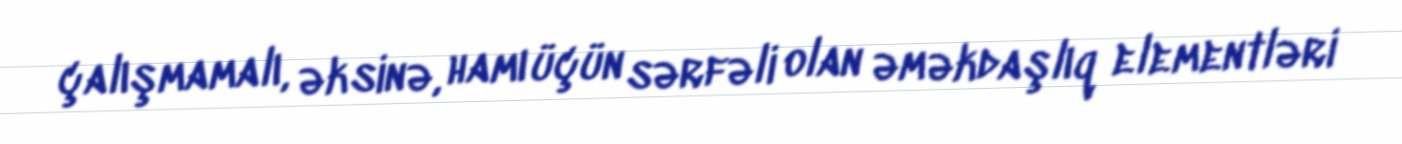
çalışmamalı, əksinə, hamı üçün sərfəli olan əməkdaşlıq elementləri